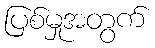
ပြစ်မှုအတွက်